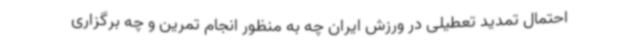
احتمال تمدید تعطیلی در ورزش ایران چه به منظور انجام تمرین و چه برگزاری